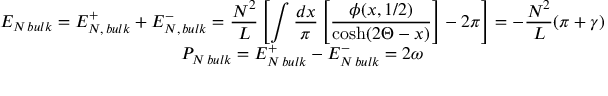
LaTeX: \begin{array} { c } { { E _ { N \, b u l k } = E _ { N , \, b u l k } ^ { + } + E _ { N , \, b u l k } ^ { - } = \displaystyle \frac { N ^ { 2 } } { L } \left[ \displaystyle \int \displaystyle \frac { d x } { \pi } \left[ \displaystyle \frac { \phi ( x , 1 / 2 ) } { \cosh ( 2 \Theta - x ) } \right] - 2 \pi \right] = - \displaystyle \frac { N ^ { 2 } } { L } ( \pi + \gamma ) } } \\ { { P _ { N \, b u l k } = E _ { N \, b u l k } ^ { + } - E _ { N \, b u l k } ^ { - } = 2 \omega } } \end{array}